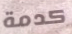
كدمة